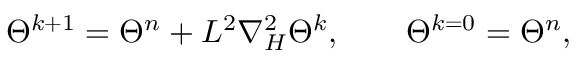
\Theta ^ { k + 1 } = \Theta ^ { n } + L ^ { 2 } \nabla _ { H } ^ { 2 } \Theta ^ { k } , \qquad \Theta ^ { k = 0 } = \Theta ^ { n } ,